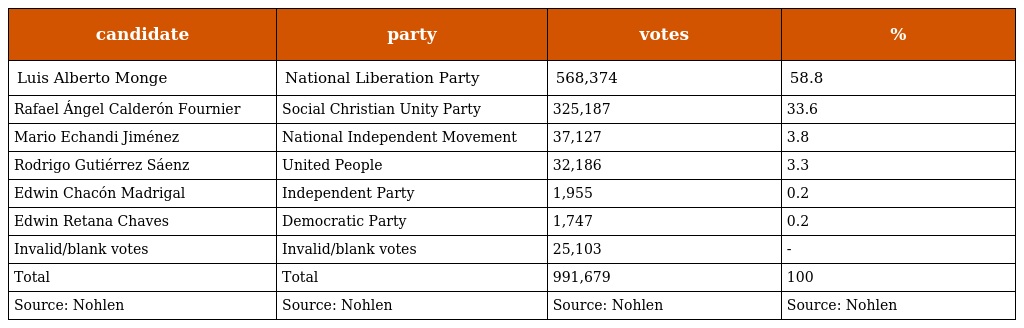
| candidate | party | votes | % |
 | --- | --- | --- | --- |
 | Luis Alberto Monge | National Liberation Party | 568,374 | 58.8 |
 | Rafael Ángel Calderón Fournier | Social Christian Unity Party | 325,187 | 33.6 |
 | Mario Echandi Jiménez | National Independent Movement | 37,127 | 3.8 |
 | Rodrigo Gutiérrez Sáenz | United People | 32,186 | 3.3 |
 | Edwin Chacón Madrigal | Independent Party | 1,955 | 0.2 |
 | Edwin Retana Chaves | Democratic Party | 1,747 | 0.2 |
 | Invalid/blank votes | Invalid/blank votes | 25,103 | - |
 | Total | Total | 991,679 | 100 |
 | Source: Nohlen | Source: Nohlen | Source: Nohlen | Source: Nohlen |